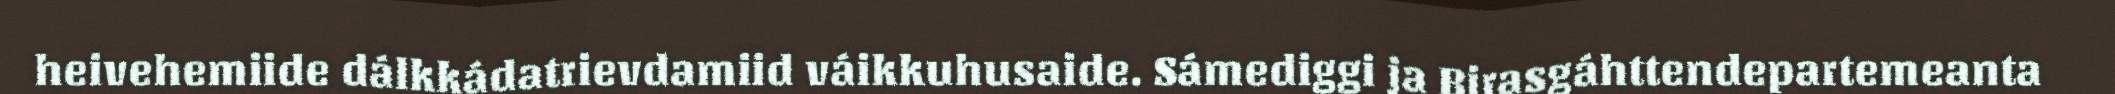
heivehemiide dálkkádatrievdamiid váikkuhusaide. Sámediggi ja Birasgáhttendepartemeanta